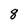
Character: 8